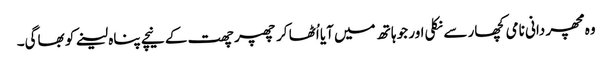
وہ مچھر دانی نامی کچھار سے نکلی اور جو ہاتھ میں آیا اُٹھا کر چھپر چھت کے نیچے پناہ لینے کو بھاگی۔